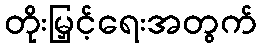
တိုးမြှင့်ရေးအတွက်